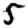
Digit: 5